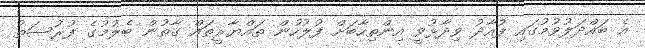
އެ ބައްދަލުވުމުގައި ފުއާދު ވިދާޅުވީ އިންތިހާބަށް ފުލުހުން ތައްޔާރީތައް ގާތުން ބެލުމުގެ ފުރުސަތު